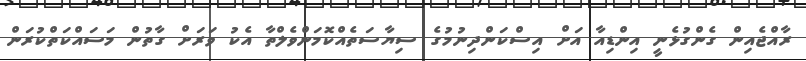
ރާއްޖެއިން ގެންގުޅެނީ އިންޑިއާ އަށް އިސްކަންދިނުމުގެ ސިޔާސަތެއްކޮމަންވެލްތާ އެކު ވަރަށް ގާތުން މަސައްކަތްކުރަން